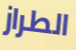
الطراز